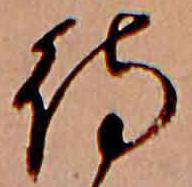
待